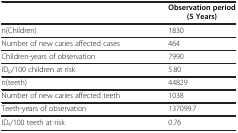
<table><thead><tr><td><b> </b></td><td><b>Observation period (5 Years)</b></td></tr></thead><tbody><tr><td>n(Children)</td><td>1830</td></tr><tr><td>Number of new caries affected cases</td><td>464</td></tr><tr><td>Children-years of observation</td><td>7990</td></tr><tr><td>ID<sub>p</sub>/100 children at risk</td><td>5.80</td></tr><tr><td>n(teeth)</td><td>44829</td></tr><tr><td>Number of new caries affected teeth</td><td>1038</td></tr><tr><td>Teeth-years of observation</td><td>137099.7</td></tr><tr><td>ID<sub>t</sub>/100 teeth at risk</td><td>0.76</td></tr></tbody></table>